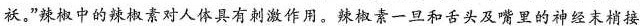
袄。”辣椒中的辣椒素对人体具有刺激作用。辣椒素一旦和舌头及嘴里的神经末梢接